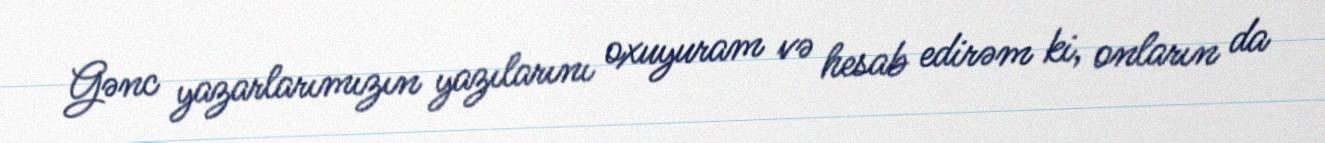
Gənc yazarlarımızın yazılarını oxuyuram və hesab edirəm ki, onların da